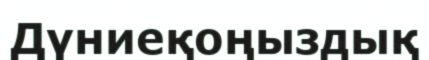
Дүниеқоңыздық